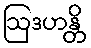
ဩဒဟန္တိ